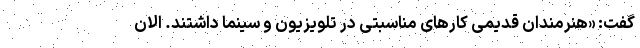
گفت: «هنرمندان قدیمی کارهای مناسبتی در تلویزیون و سینما داشتند. الان